65_HS1-834228961_62-HQ-83894_Section_6
Agency: FBI
Page 117
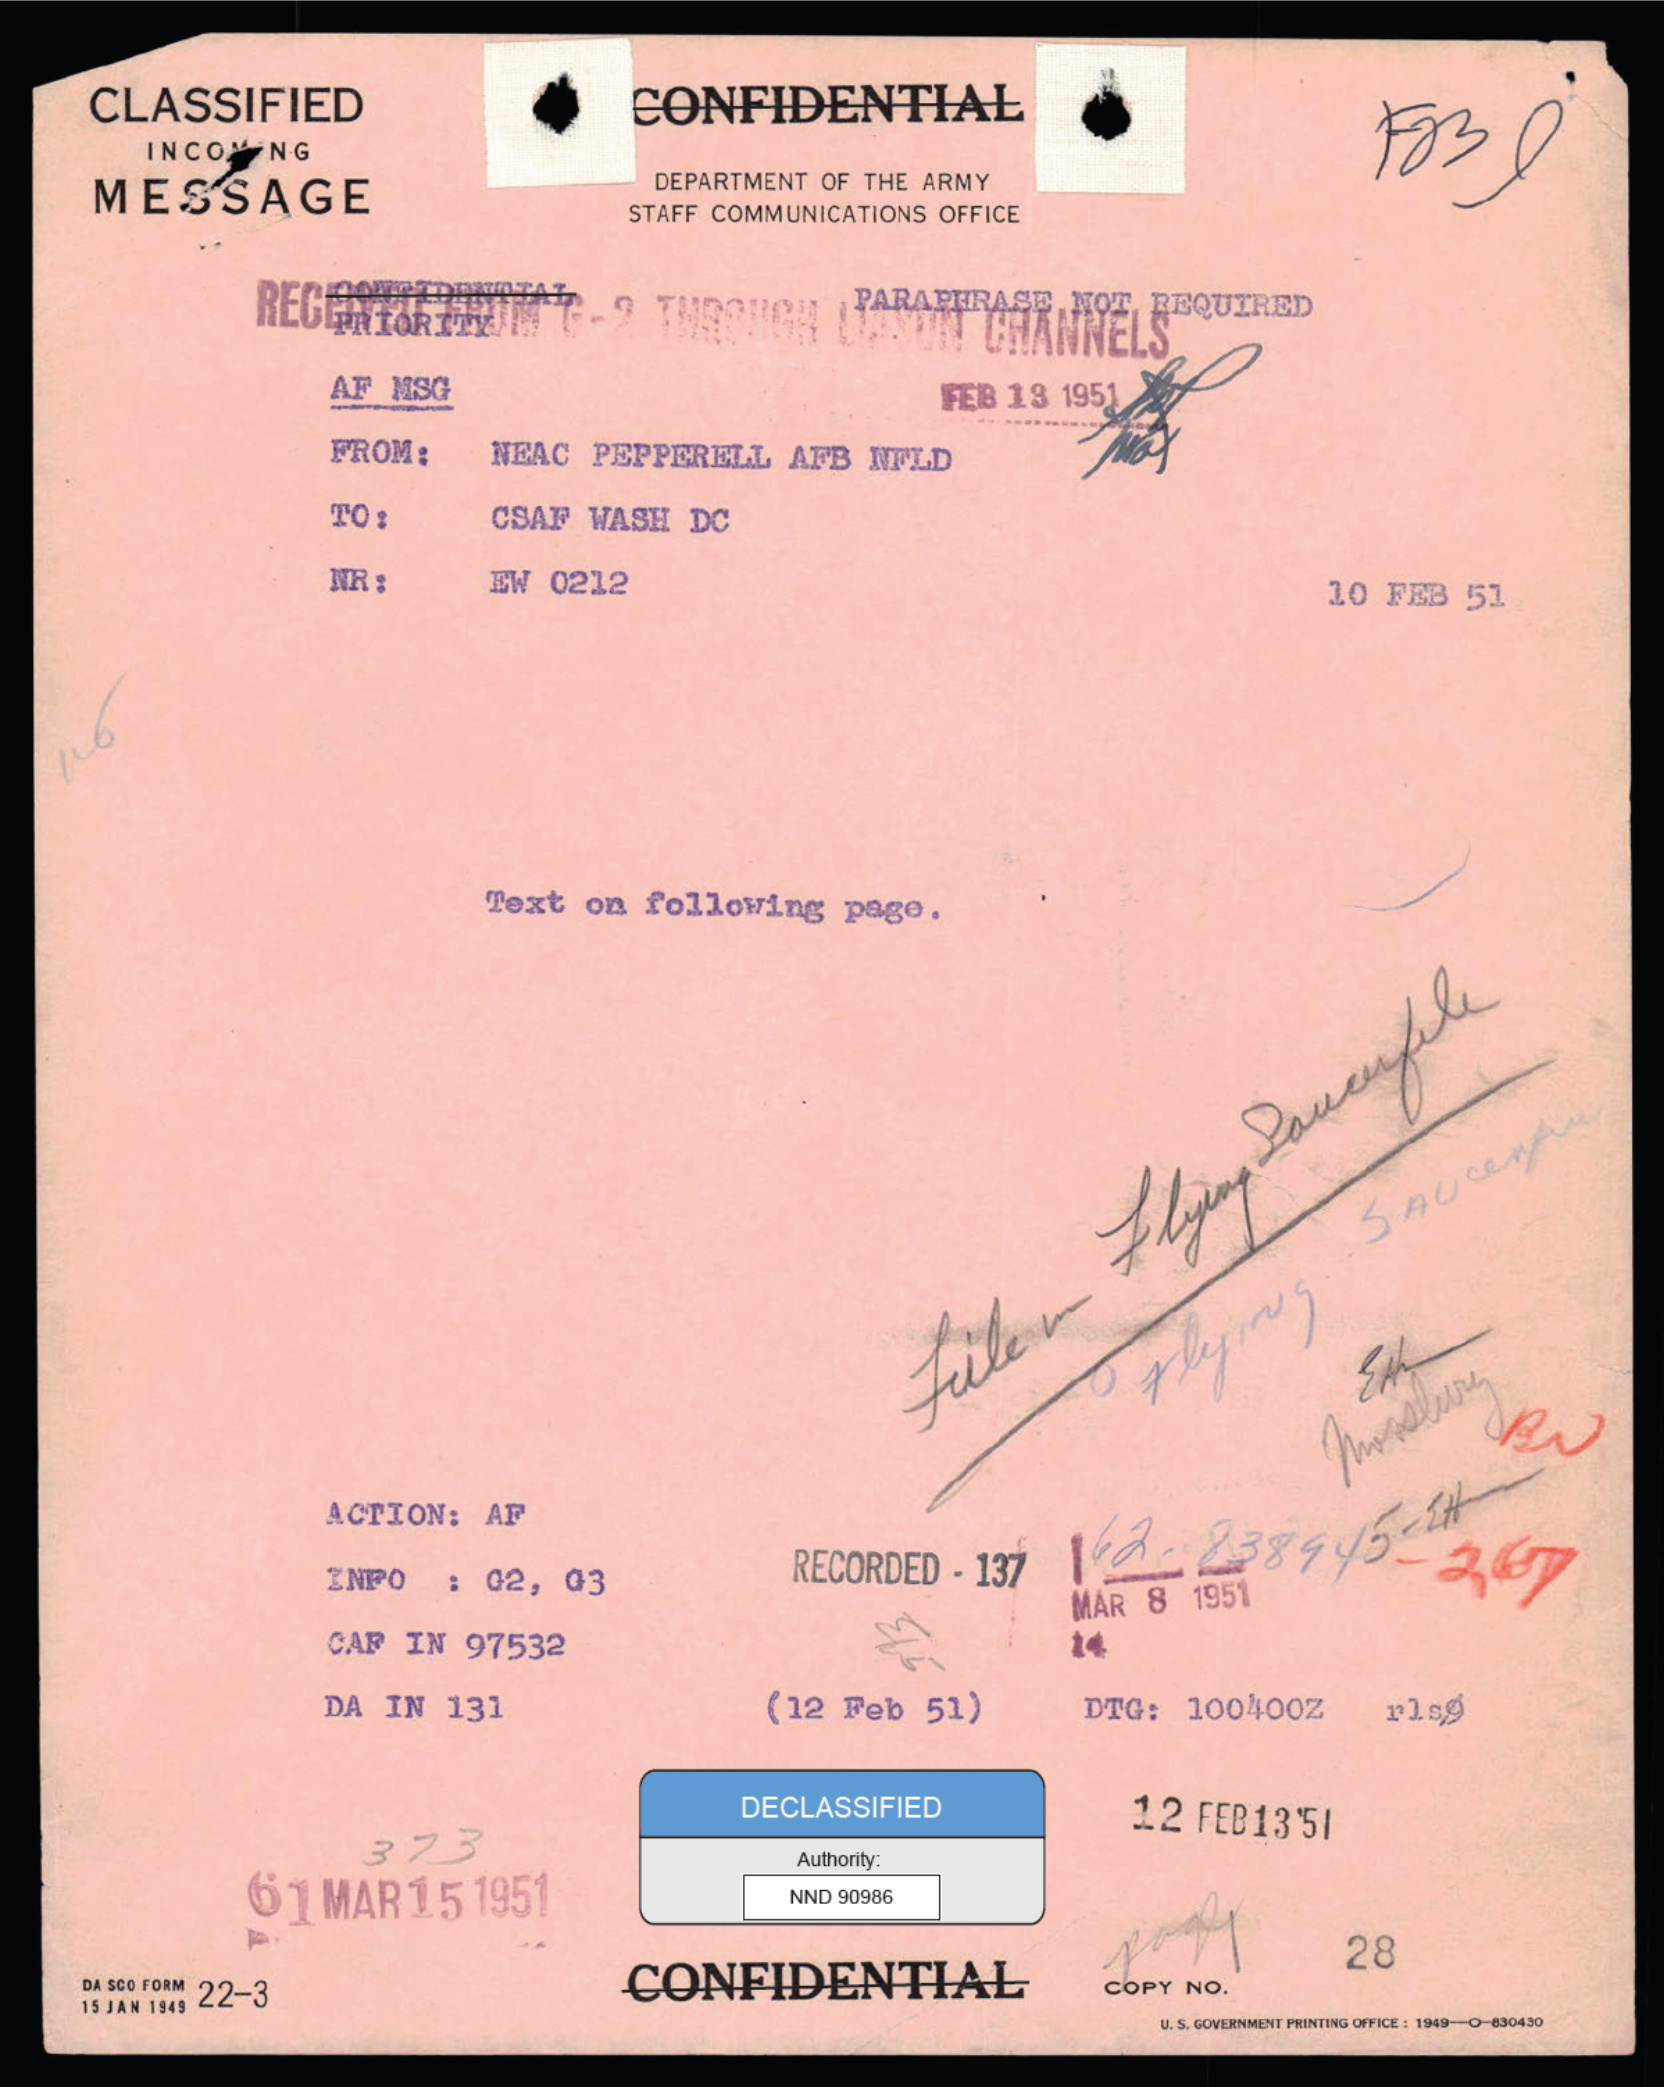